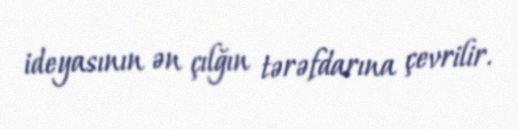
ideyasının ən çılğın tərəfdarına çevrilir.